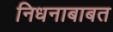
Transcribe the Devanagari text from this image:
निधनाबाबत